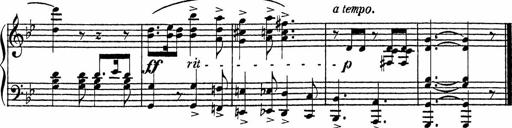
Title: Song of the River
Composer: Frederick Henry Pease